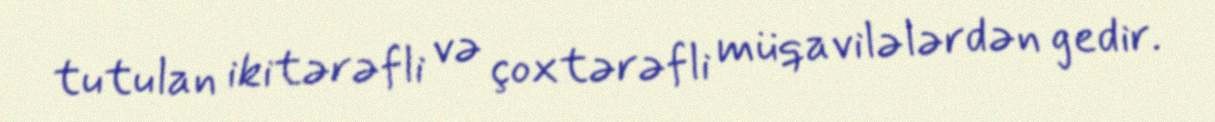
tutulan ikitərəfli və çoxtərəfli müqavilələrdən gedir.